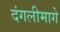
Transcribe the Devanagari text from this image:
दंगलीमागे